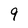
Character: 9